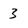
Character: 3